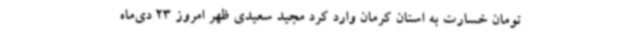
تومان خسارت به استان کرمان وارد کرد مجید سعیدی ظهر امروز 23 دی‌ماه